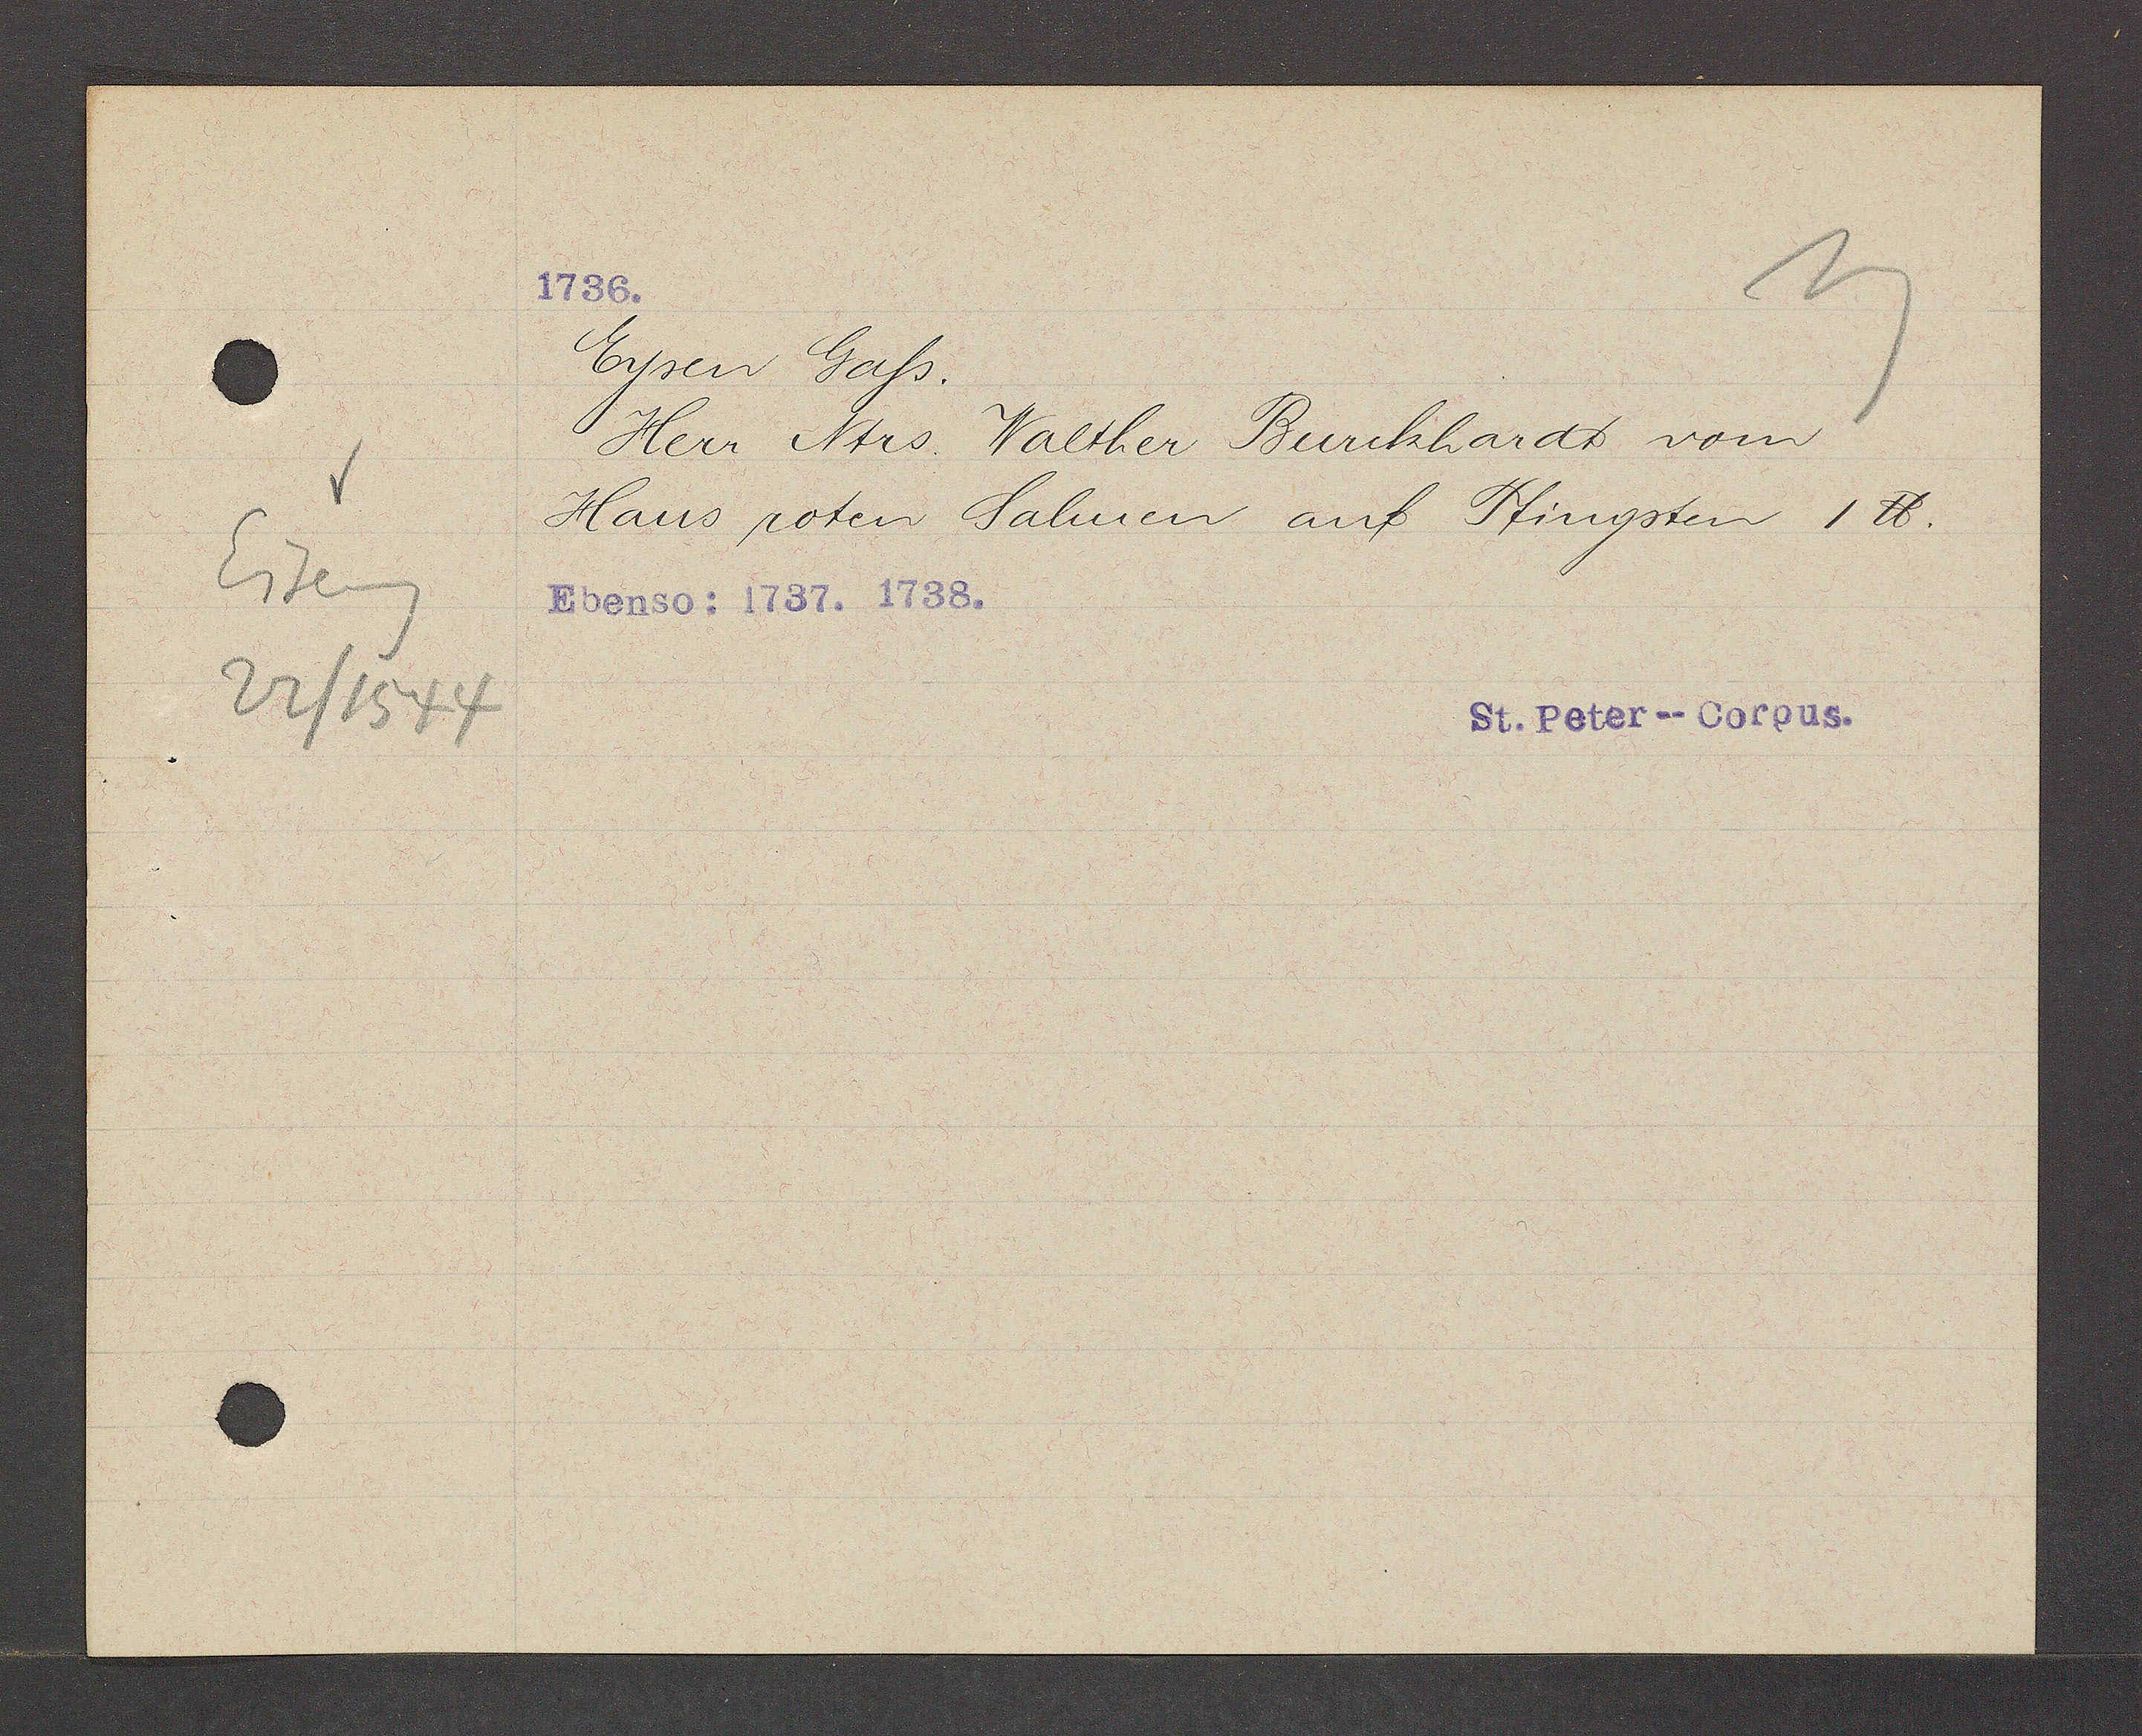
Transcript:
Eiseng
22/1544

Eysen Gaß.
Herr Ntrs. Walther Burckhardt vom
Haus roten Salmen auf Pfingsten 1 ℔.